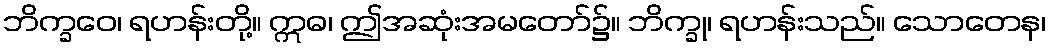
ဘိက္ခဝေ၊ ရဟန်းတို့။ ဣဓ၊ ဤအဆုံးအမတော်၌။ ဘိက္ခု၊ ရဟန်းသည်။ သောတေန၊